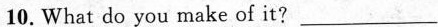
10.What do you make of it? ___